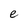
Character: e